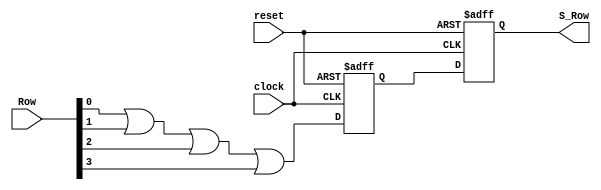

//////////////////////////////////////////////////////////////////////////////////
// 
// Design Name: 
// Module Name: Synchronizer
// Project Name: 
// Target Devices: 
// Tool Versions: 
// Description: 
// 
// Dependencies: 
// 
// Revision:
// Revision 0.01 - File Created
// Additional Comments:
// 
//////////////////////////////////////////////////////////////////////////////////


module Synchronizer(
    input [3:0] Row,
    input clock,
    input reset,
    output reg S_Row
    );
    reg A_Row;
    
    always @ (negedge clock or posedge reset)
    begin
    if (reset) 
    begin 
    A_Row <= 0;
    S_Row <= 0;
    end
    else 
    begin 
    A_Row <= (Row[0] || Row[1] || Row[2] || Row[3]);
    S_Row <= A_Row;
    end 
    end
        
endmodule